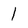
Character: 1